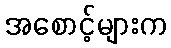
အစောင့်များက